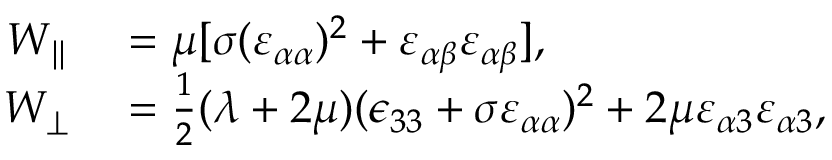
\begin{array} { r l } { W _ { \parallel } } & { { } = \mu [ \sigma ( \varepsilon _ { \alpha \alpha } ) ^ { 2 } + \varepsilon _ { \alpha \beta } \varepsilon _ { \alpha \beta } ] , } \\ { W _ { \perp } } & { { } = \frac { 1 } { 2 } ( \lambda + 2 \mu ) ( \epsilon _ { 3 3 } + \sigma \varepsilon _ { \alpha \alpha } ) ^ { 2 } + 2 \mu \varepsilon _ { \alpha 3 } \varepsilon _ { \alpha 3 } , } \end{array}